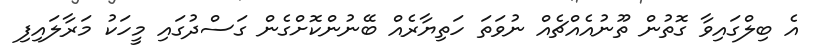
އެ ބިލްގައިވާ ގޮތުން ތޫނުއެއްޗެއް ނުވަތަ ހަތިޔާރެއް ބޭނުންކޮށްގެން ގަސްދުގައި މީހަކު މަރާލައިފި